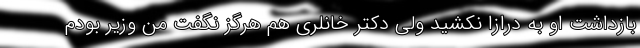
بازداشت او به درازا نکشید ولی دکتر خانلری هم هرگز نگفت من وزیر بودم